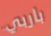
باربي